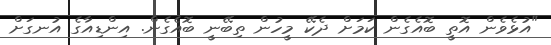
"އުޅެވެން އޮތީ ބޮއެގެން ކަމަށް ދެކޭ މީހުން ތިބޭނީ ބޮއެގެން. އިންޑިއާގެ އުނގަށް